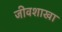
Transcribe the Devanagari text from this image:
जीवशाखा